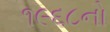
૧૯૬૮નો